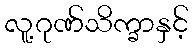
လူ့ဂုဏ်သိက္ခာနှင့်